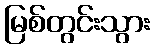
မြစ်တွင်းသွား